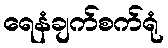
ရေနံချက်စက်ရုံ